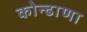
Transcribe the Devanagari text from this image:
कोन्ढाणा